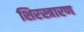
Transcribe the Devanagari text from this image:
शिरस्त्रारण